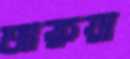
আরুয়া